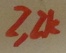
Text: 2,2K